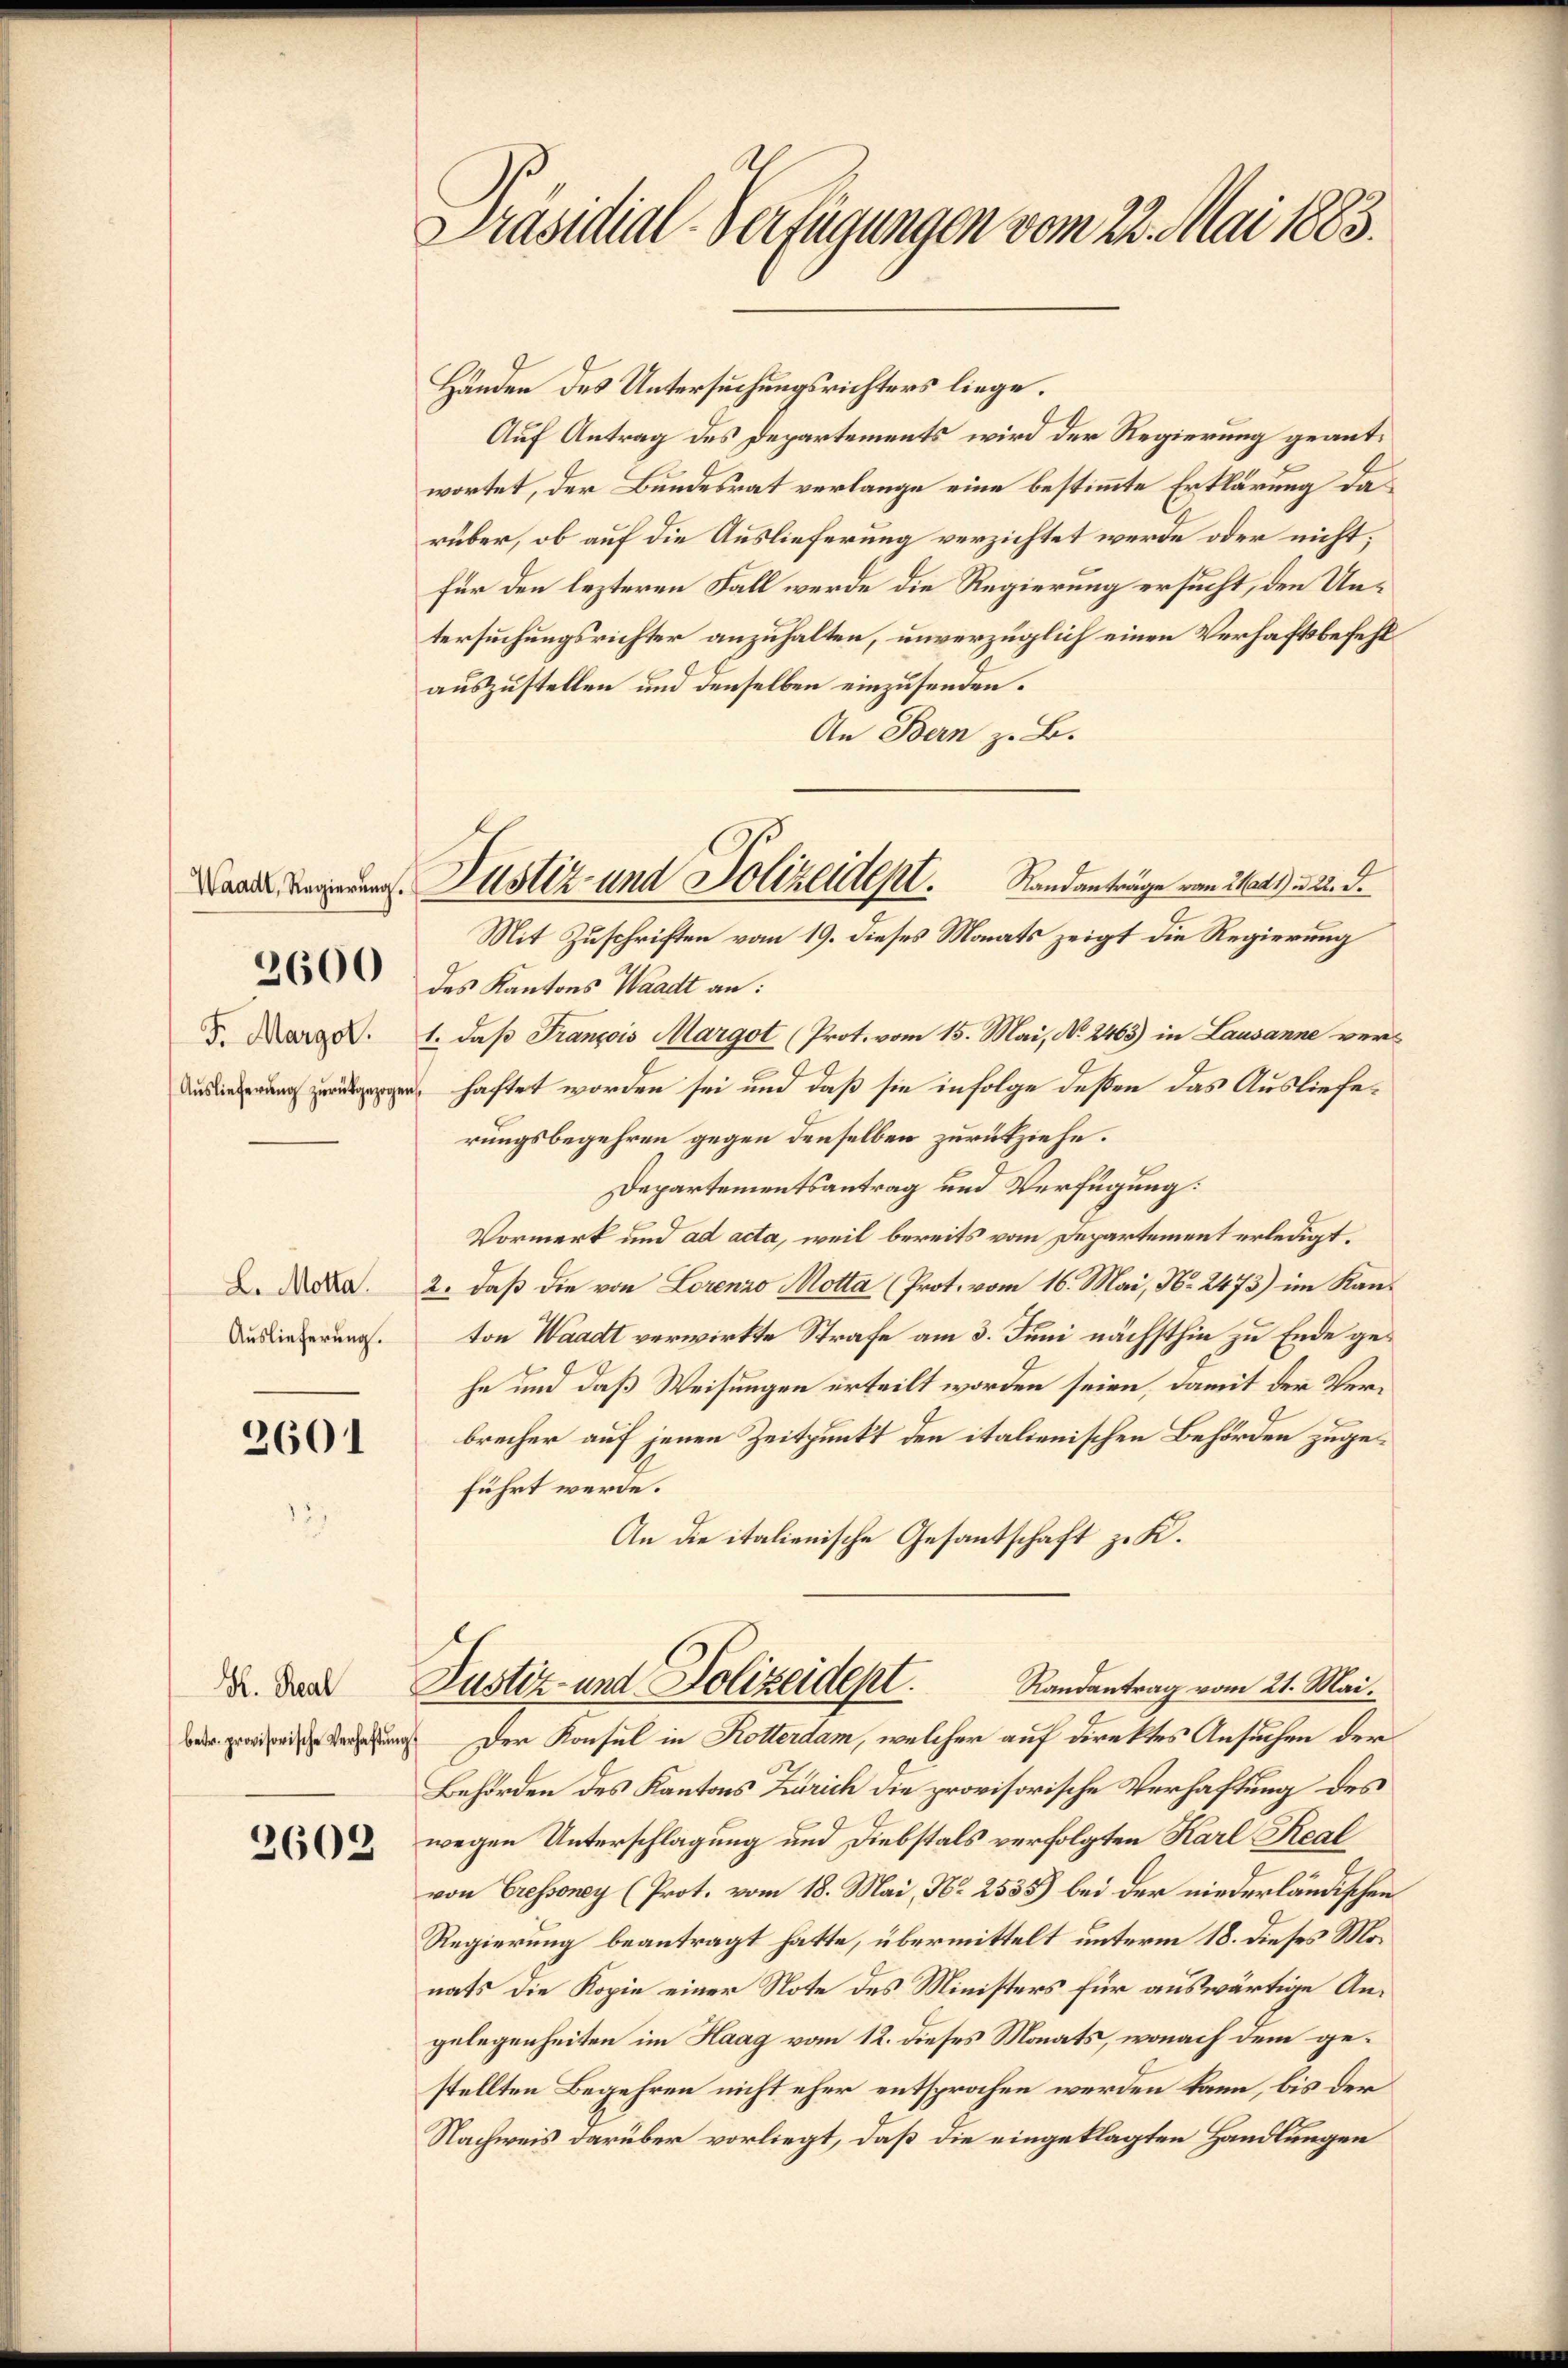
F. Margor.

2600

L. Motta.
Auslieferung.

2601

Händen des Untersuchungsrichters liege.
Auf Antrag des Departements wird der Regierung geantwortet, der Bundesrat verlange eine bestimmte Erklärung das
rüber, ob auf die Auslieferung verzichtet werde oder nicht;
für den lezteren Fall werde die Regierung ersucht, den Untersuchungsrichter anzuhalten, unverzüglich einen Verhaftsbefehl
auszustellen und denselben einzusenden.
An Bern z. B.
Standanträge vom 21 ad1) u. 22. d.
des Kantons Waadt an:
1. daß François Margot (Prot. vom 15. Mai, No. 2463) in Lausanne vern, haftet worden sei und daß sie infolge deßen das Auslieferungsbegehren gegen denselben zurückziehe.
Departementsantrag und Verfügung:
Vormerk und ad acta, weil bereits vom Departement erledigt.
2. daß die von Lorenzo Motta (Prot. vom 16. Mai, No. 2473) im Kanton Waadt verwirkte Strafe am 3. Juni nächsthin zu Ende gehe und daß Weisungen erteilt worden seien, damit der Verbrecher auf jenen Zeitpunkt den italienischen Behörden zugeführt werde.
An die italienische Gesantschaft zu K.
Justiz- und Polizeidept.
Randantrag vom 21. Mai.
wie ersehung der Konsul in Kotterdam, welcher auf direktes Ansuchen der
Behörden des Kantons Zürich die provisorische Verhaftung des
wegen Unterschlagung und Diebstals verfolgten Karl Real
von Cressoney (Prot. vom 18. Mai, No 2535) bei der niederländischen
Regierung beantragt hatte, übermittelt unterm 18. dieses Monats die Kopie einer Note des Ministers für auswärtige Angelegenheiten im Haag vom 12. dieses Monats, wonach dem gestellten Begehren nicht eher entsprochen werden kann, bis der
Nachweis darüber vorliegt, daß die eingeklagten Handlungen

K. Real

2602

Präsidial-Verfügungen vom 22. Mai 1883.

Dann Regierung. Justiz- und Polizeident.
Mit Zuschriften vom 19. dieses Monats zeigt die Regierung